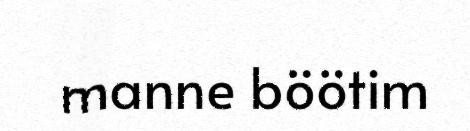
manne böötim